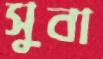
সুবা